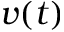
v ( t )